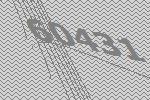
60431